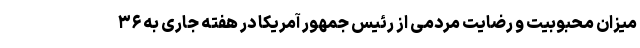
میزان محبوبیت و رضایت مردمی از رئیس جمهور آمریکا در هفته جاری به ۳۶